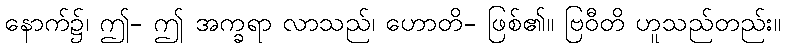
နောက်၌၊ ဤ- ဤ အက္ခရာ လာသည်၊ ဟောတိ- ဖြစ်၏။ ဗြဝီတိ ဟူသည်တည်း။